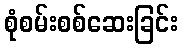
စုံစမ်းစစ်ဆေးခြင်း